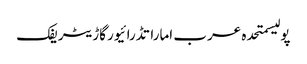
پولیسمتحدہ عرب اماراتڈرائیورگاڑیٹریفک